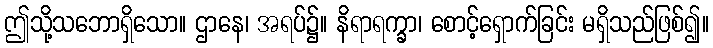
ဤသို့သဘောရှိသော။ ဌာနေ၊ အရပ်၌။ နိရာရက္ခာ၊ စောင့်ရှောက်ခြင်း မရှိသည်ဖြစ်၍။